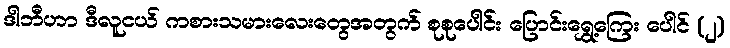
ဒါဘီဟာ ဒီလူငယ် ကစားသမားလေးတွေအတွက် စုစုပေါင်း ပြောင်းရွှေ့ကြေး ပေါင် (၂)